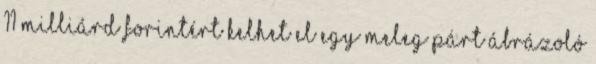
11 milliárd forintért kelhet el egy meleg párt ábrázoló